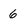
Character: 6